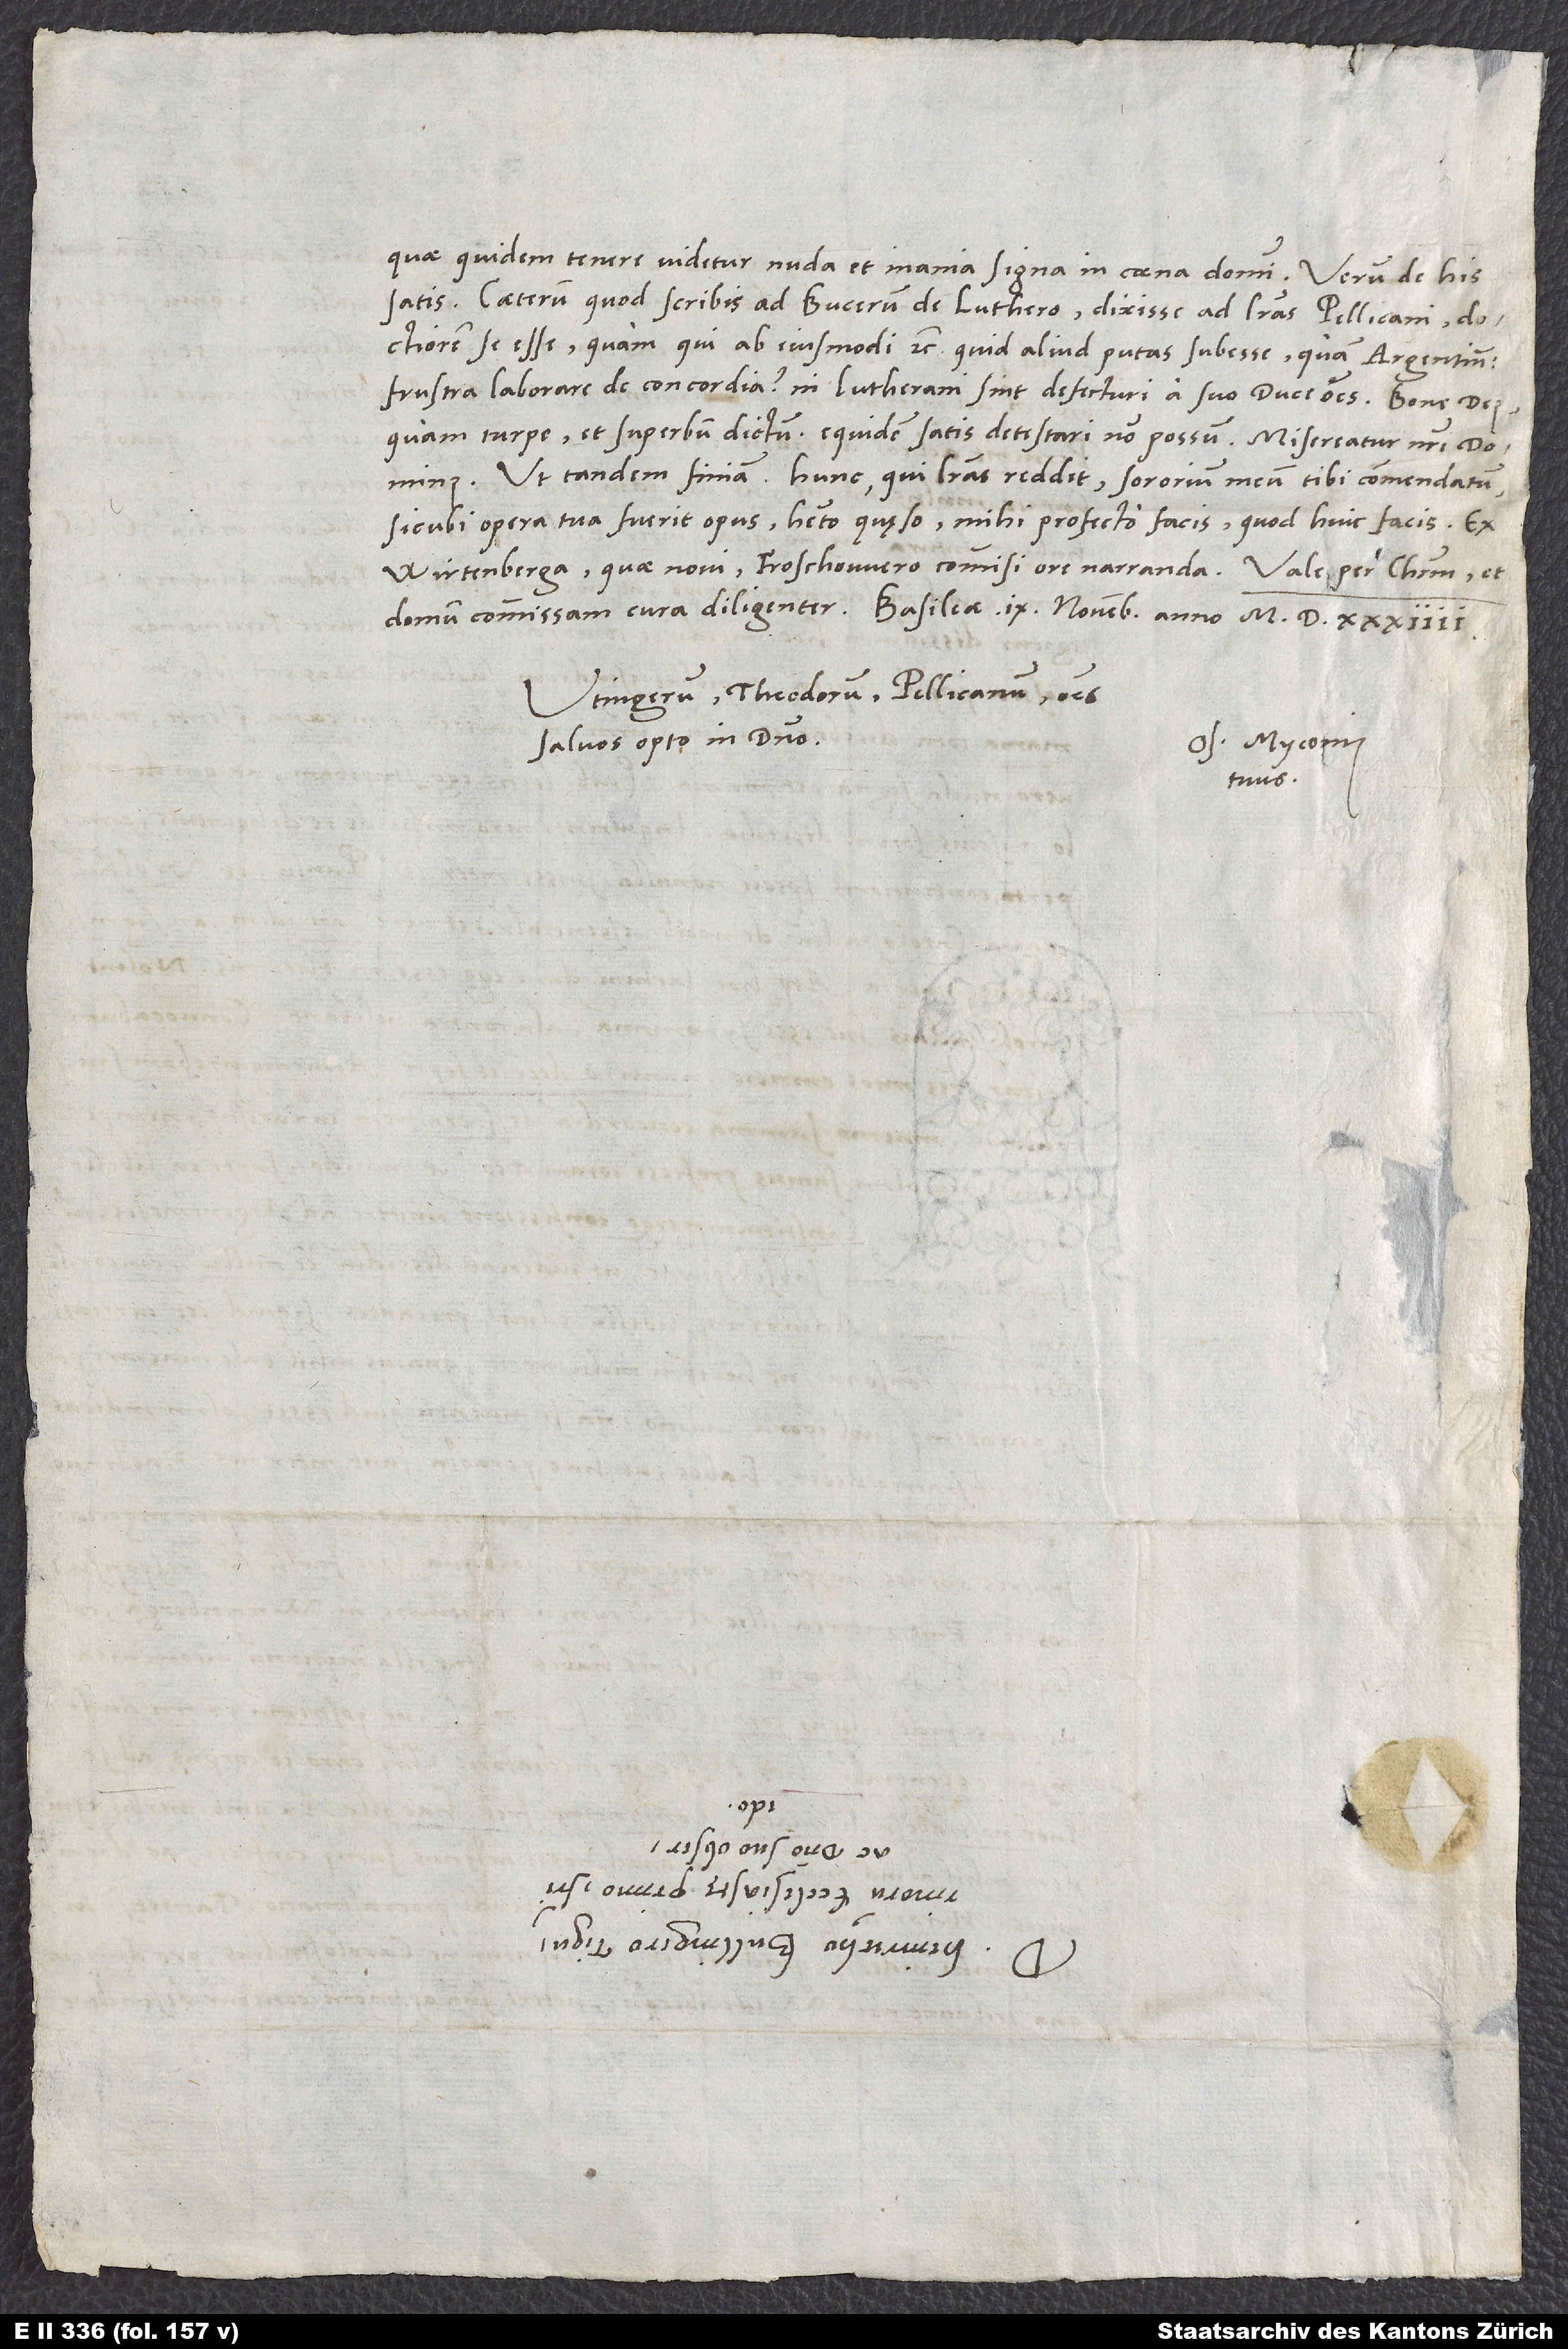
quae quidem tenere videtur nuda et inania signa in coena domini. Verum de his
Caeterum, quod scribis ad Bucerum de Luthero dixisse ad literas Pellicani doctiorem
se esse, quam qui ab eiusmodi etc.: Quid aliud putas subesse quam Argentin
frustra laborare de concordia, ni Lutherani sint defecturi a suo duce omnes? Bone deus,
quam turpe et superbum dictum! Equidem satis detestari non possum. Misereatur nostri dominus.
Ut tandem finiam: Hunc, qui literas reddit, sororium meum, tibi commendatum,
sicubi opera tua fuerit opus, habeto, quaeso. Mihi profecto facis, quod huic facis. Ex
Wirtenberga quae novi, Froschowero commisi ore narranda.
Utingerum, Theodorum, Pellicanum, omnes
salvos opto in domino.
Os. Myconius
tuus.
S.